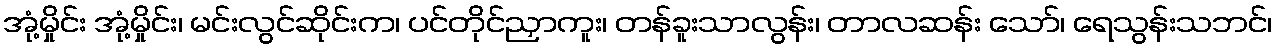
အုံ့မှိုင်း အုံ့မှိုင်း၊ မင်းလွင်ဆိုင်းက၊ ပင်တိုင်ညှာကူး၊ တန်ခူးသာလွန်း၊ တာလဆန်း သော်၊ ရေသွန်းသဘင်၊